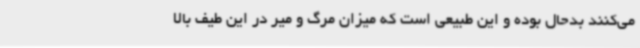
می‌کنند بدحال بوده و این طبیعی است که میزان مرگ و میر در این طیف بالا